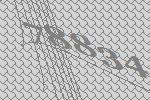
78834